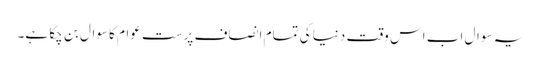
یہ سوال اب اس وقت دنیا کی تمام انصاف پرست عوام کا سوال بن چکا ہے۔